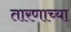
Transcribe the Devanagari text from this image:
तारणाच्या